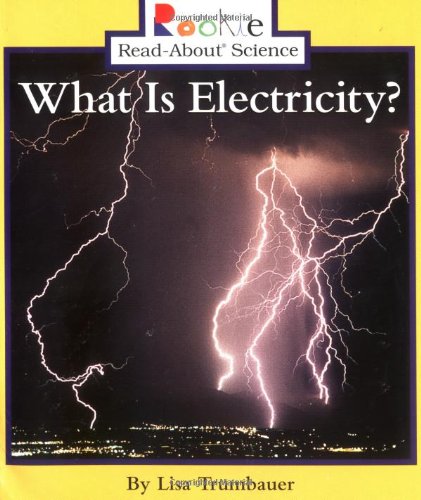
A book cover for What Is Electricity? (Rookie Read-About Science); Lisa Trumbauer; Children's Books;